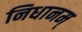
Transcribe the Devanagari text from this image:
निधानम्